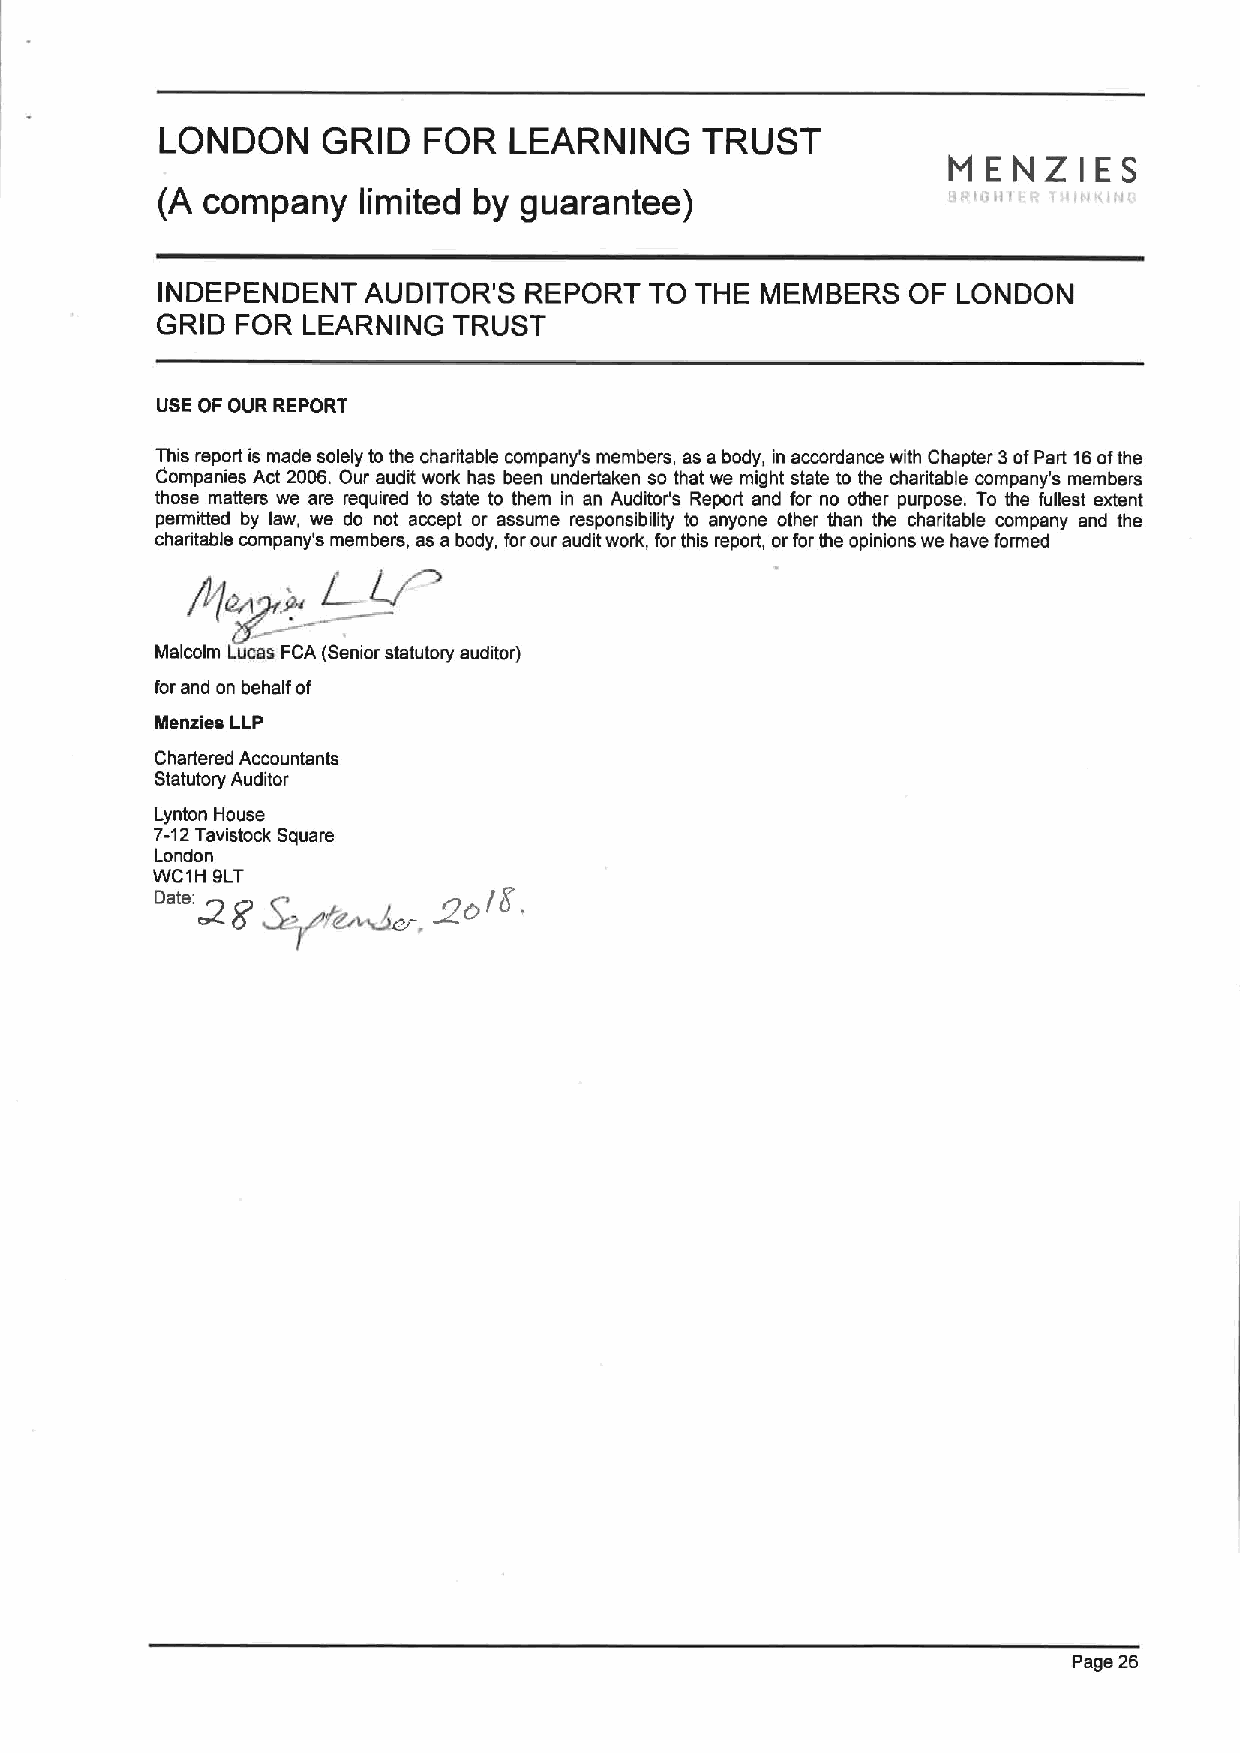
LONDON    GRID   FOR   LEARNING    TRUST
 MENZIES
 (A company    limited by guarantee)
 INDEPENDENT   AUDITOR'S  REPORT  TO THE MEMBERS   OF LONDON
 GRID  FOR LEARNING  TRUST
 USE OF OUR REPORT
 This report is made solely tothe charitable company's members, as a body, in accordance with Chapter 3ofPart 16ofthe
 Companies Act 2006. Our audit work has been undertaken so that we might state to the charitable company's members
 those matters we are required to state to them in an Auditor's Report snd for no other purpose. To the fullest extent
 permitted by Isw, we do not accept or assume responsibility to anyone other than the charitable company and the
 charitable company's members, as a body, forour audit work, for this report, orfor the opinions we have formed
 L  Ll
 Malcolm Lucas FCA (Senior statutory auditor)
 for and on behalf of
 Menzies LLP
 Chartered Accountants
 Statutory Auditor
 Lynton House
 7-12Tavistock Square
 London
 WC1H QLT
 Page 26